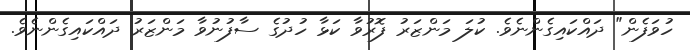
ހުވަފެން" ދައްކައިގެންނެވެ. ކުލަ މަންޒަރު ފޮރުވާ ކަޅާ ހުދުގެ ސާފުނުވާ މަންޒަރު ދައްކައިގެންނެވެ.